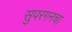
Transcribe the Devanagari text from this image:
सुपरगनचा